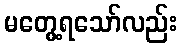
မတွေ့ရသော်လည်း